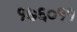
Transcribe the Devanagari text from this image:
१७६०११